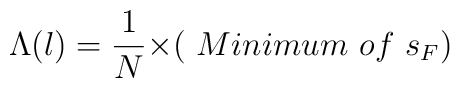
{\Lambda}(l)= \frac{1}{N}{\times}(~Minimum ~of ~ s_F)